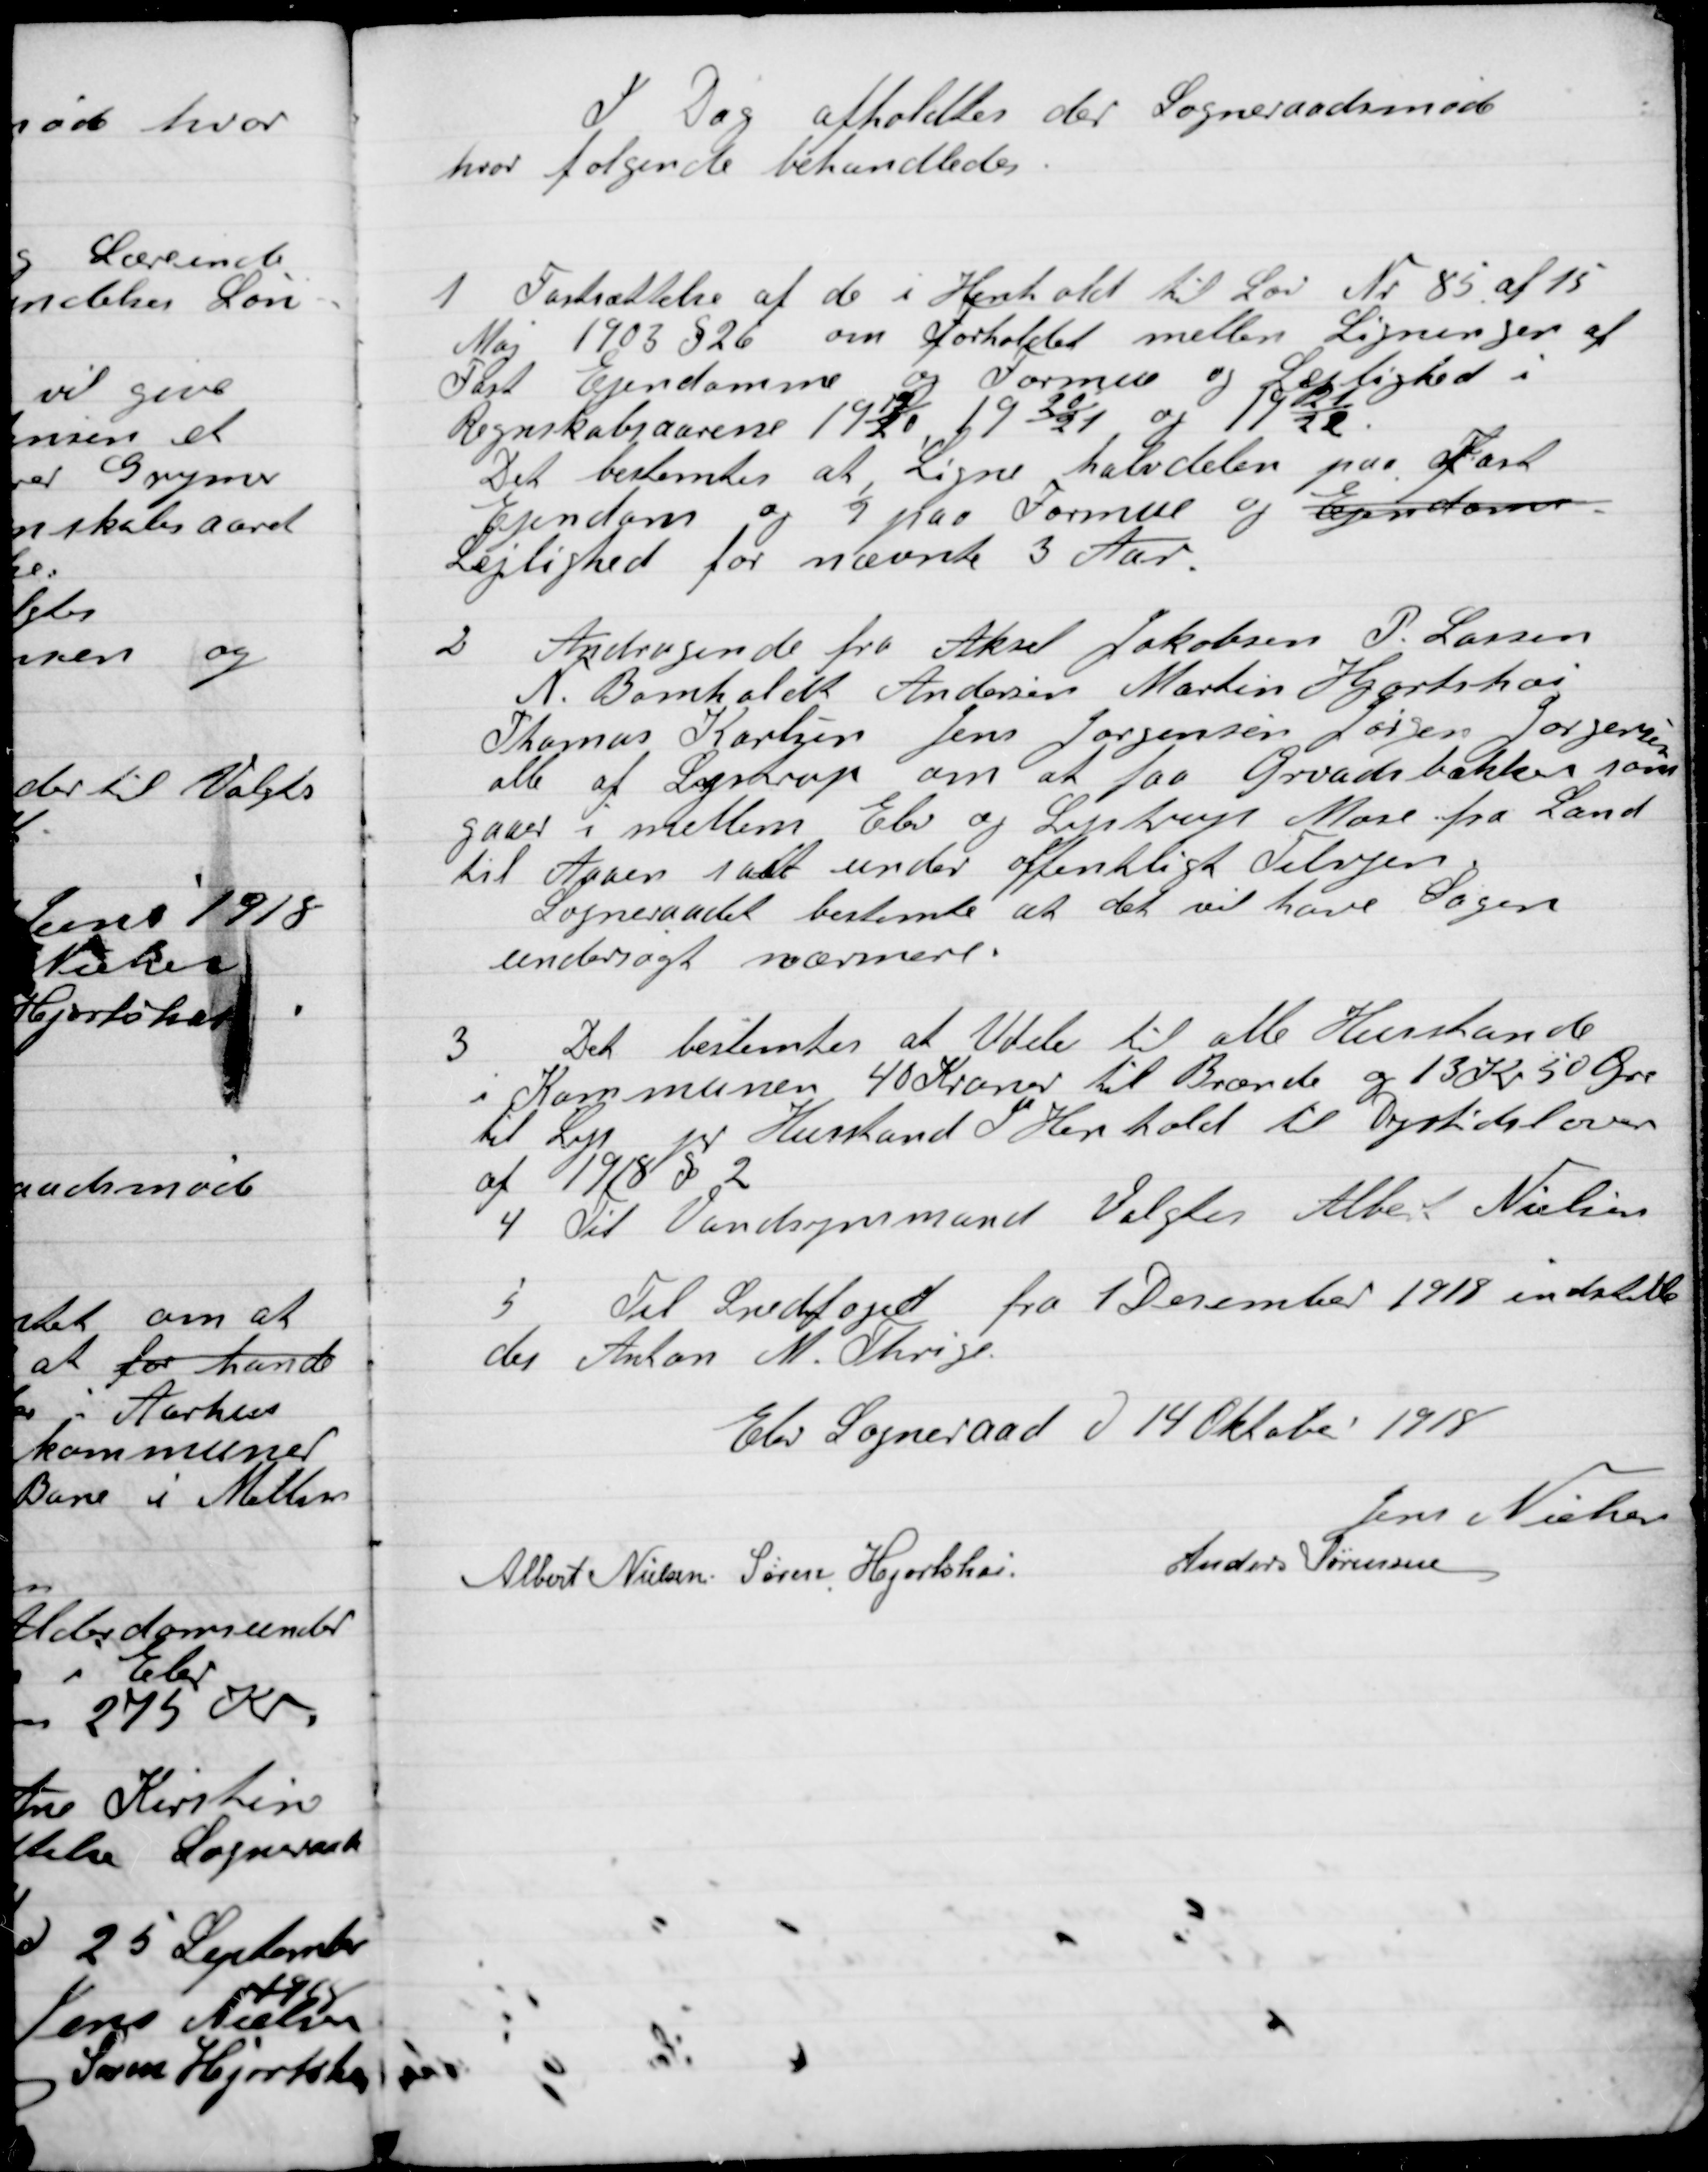
Transskription:
I Dag afholdtes der Sogneraadetsmøde
hvor følgende Behandledes:

1

Fastsættelse af de i henholdt til Lov Nr. 85 af 15
Maj 1903 § 26 om Forholdet mellem Ligninger af
Fast Ejendomme og Formue og Lejlighed i
Regnskabsaarene 1919/20, 1920/21, og 1921/22.
Det bestemtes at, ligne halvdelen paa Fast
Ejendom og ½ paa Formue og Ejendoms-
Lejlighed for nævnte 3 aar.

2

Andragende fra Aksel Jakobsen P. Lassen
N. Bomholdt, Anders Martin Hjorthøi
Thomas Karsten, Jens Jørgensen, Jørgen Jørgensen
Alle af Lystrup om at faa Grvadsbækken som
gaar i mellem Elev og Lisbjerg Mose fra Land
til Aaen sat under offentlig Tilsyn
Sogneraadet bestemte at det vil have Sagen
Undersøgt nærmere.

3

Det bestemtes at Uddele til alle Husstande
i Kommunen 40 Kroner til brænde og 13 Kr. 50 øre
til Lys pr Husstand i Henholdt  til Dyrtidsloven
af 1918 § 2.

4

Til Vandsynsmand Valgtes Albert Nielsen

5

Til Snefoged fra 1 December 1918 indstille-
des Anton M. Thrige.

Elev Sogneraad D. 14 Oktober 1918

Jens Nielsen
Albert Nielsen
Søren Hjortshøi
Anders Sørensen